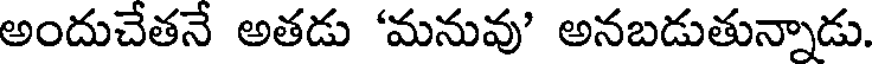
అందుచేతనే అతడు 'మనువు' అనబడుతున్నాడు.